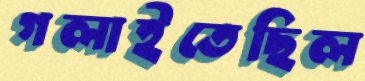
গলাইতেছিল